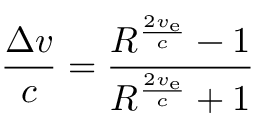
{ \frac { \Delta v } { c } } = { \frac { R ^ { \frac { 2 v _ { \mathrm { e } } } { c } } - 1 } { R ^ { \frac { 2 v _ { \mathrm { e } } } { c } } + 1 } }